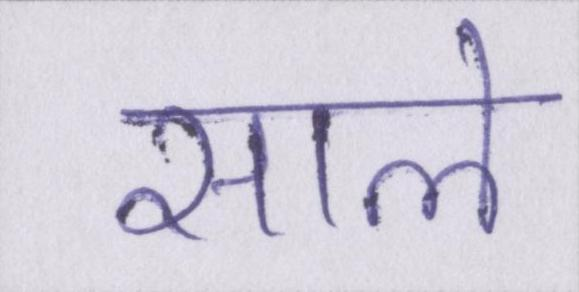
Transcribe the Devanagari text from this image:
साले